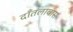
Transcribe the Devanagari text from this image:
दाँतलावास